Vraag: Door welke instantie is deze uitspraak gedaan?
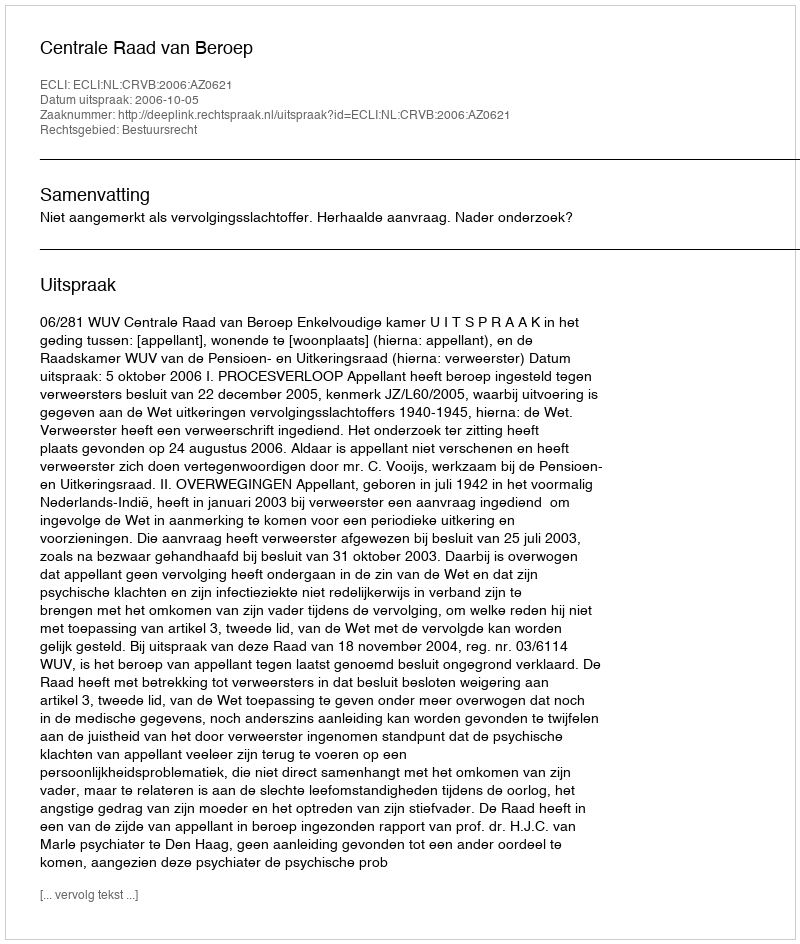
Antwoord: Centrale Raad van Beroep